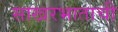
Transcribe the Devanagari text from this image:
साखरभाताची